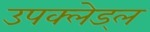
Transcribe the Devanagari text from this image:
उपक्लेड्ल